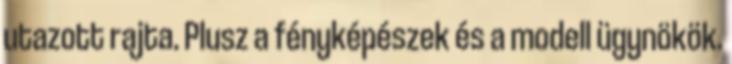
utazott rajta. Plusz a fényképészek és a modell ügynökök.